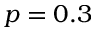
p = 0 . 3